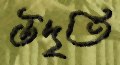
উদৃতি